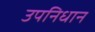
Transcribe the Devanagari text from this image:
उपनिधान